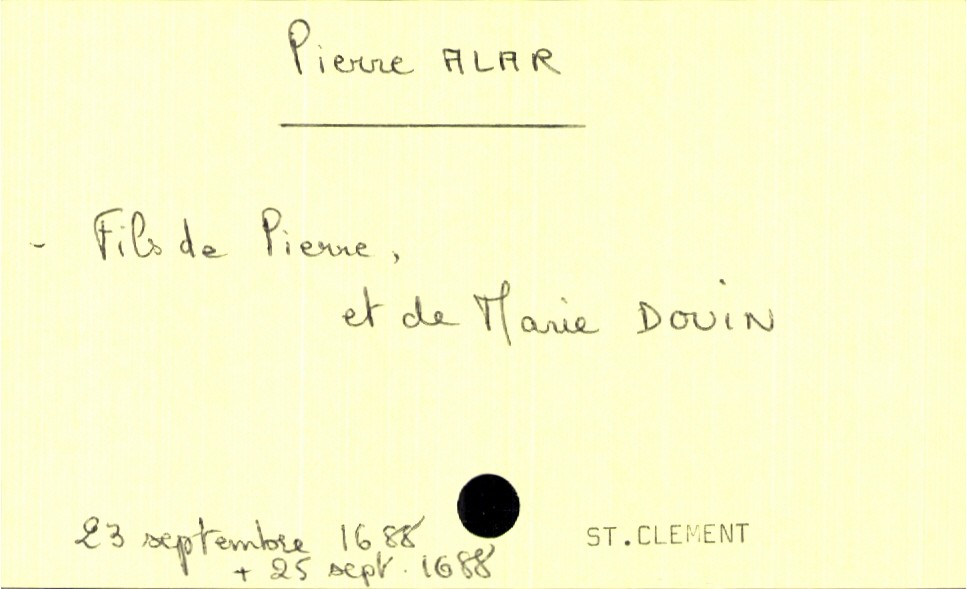
type_acte: Baptême
filiation: fils
enfant_prénom: Pierre
enfant_date_de_naissance: 23 septembre 1688
enfant_lieu_de_naissance: Saint Clément
enfant_date_de_décès: 25 septembre 1688
enfant_lieu_de_décès: Saint Clément
père_enfant_nom: Alar
père_enfant_prénom: Pierre
mère_enfant_nom: Douin
mère_enfant_prénom: Marie